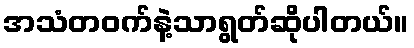
အသံတဝက်နဲ့သာရွတ်ဆိုပါတယ်။